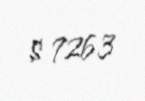
$ 7263